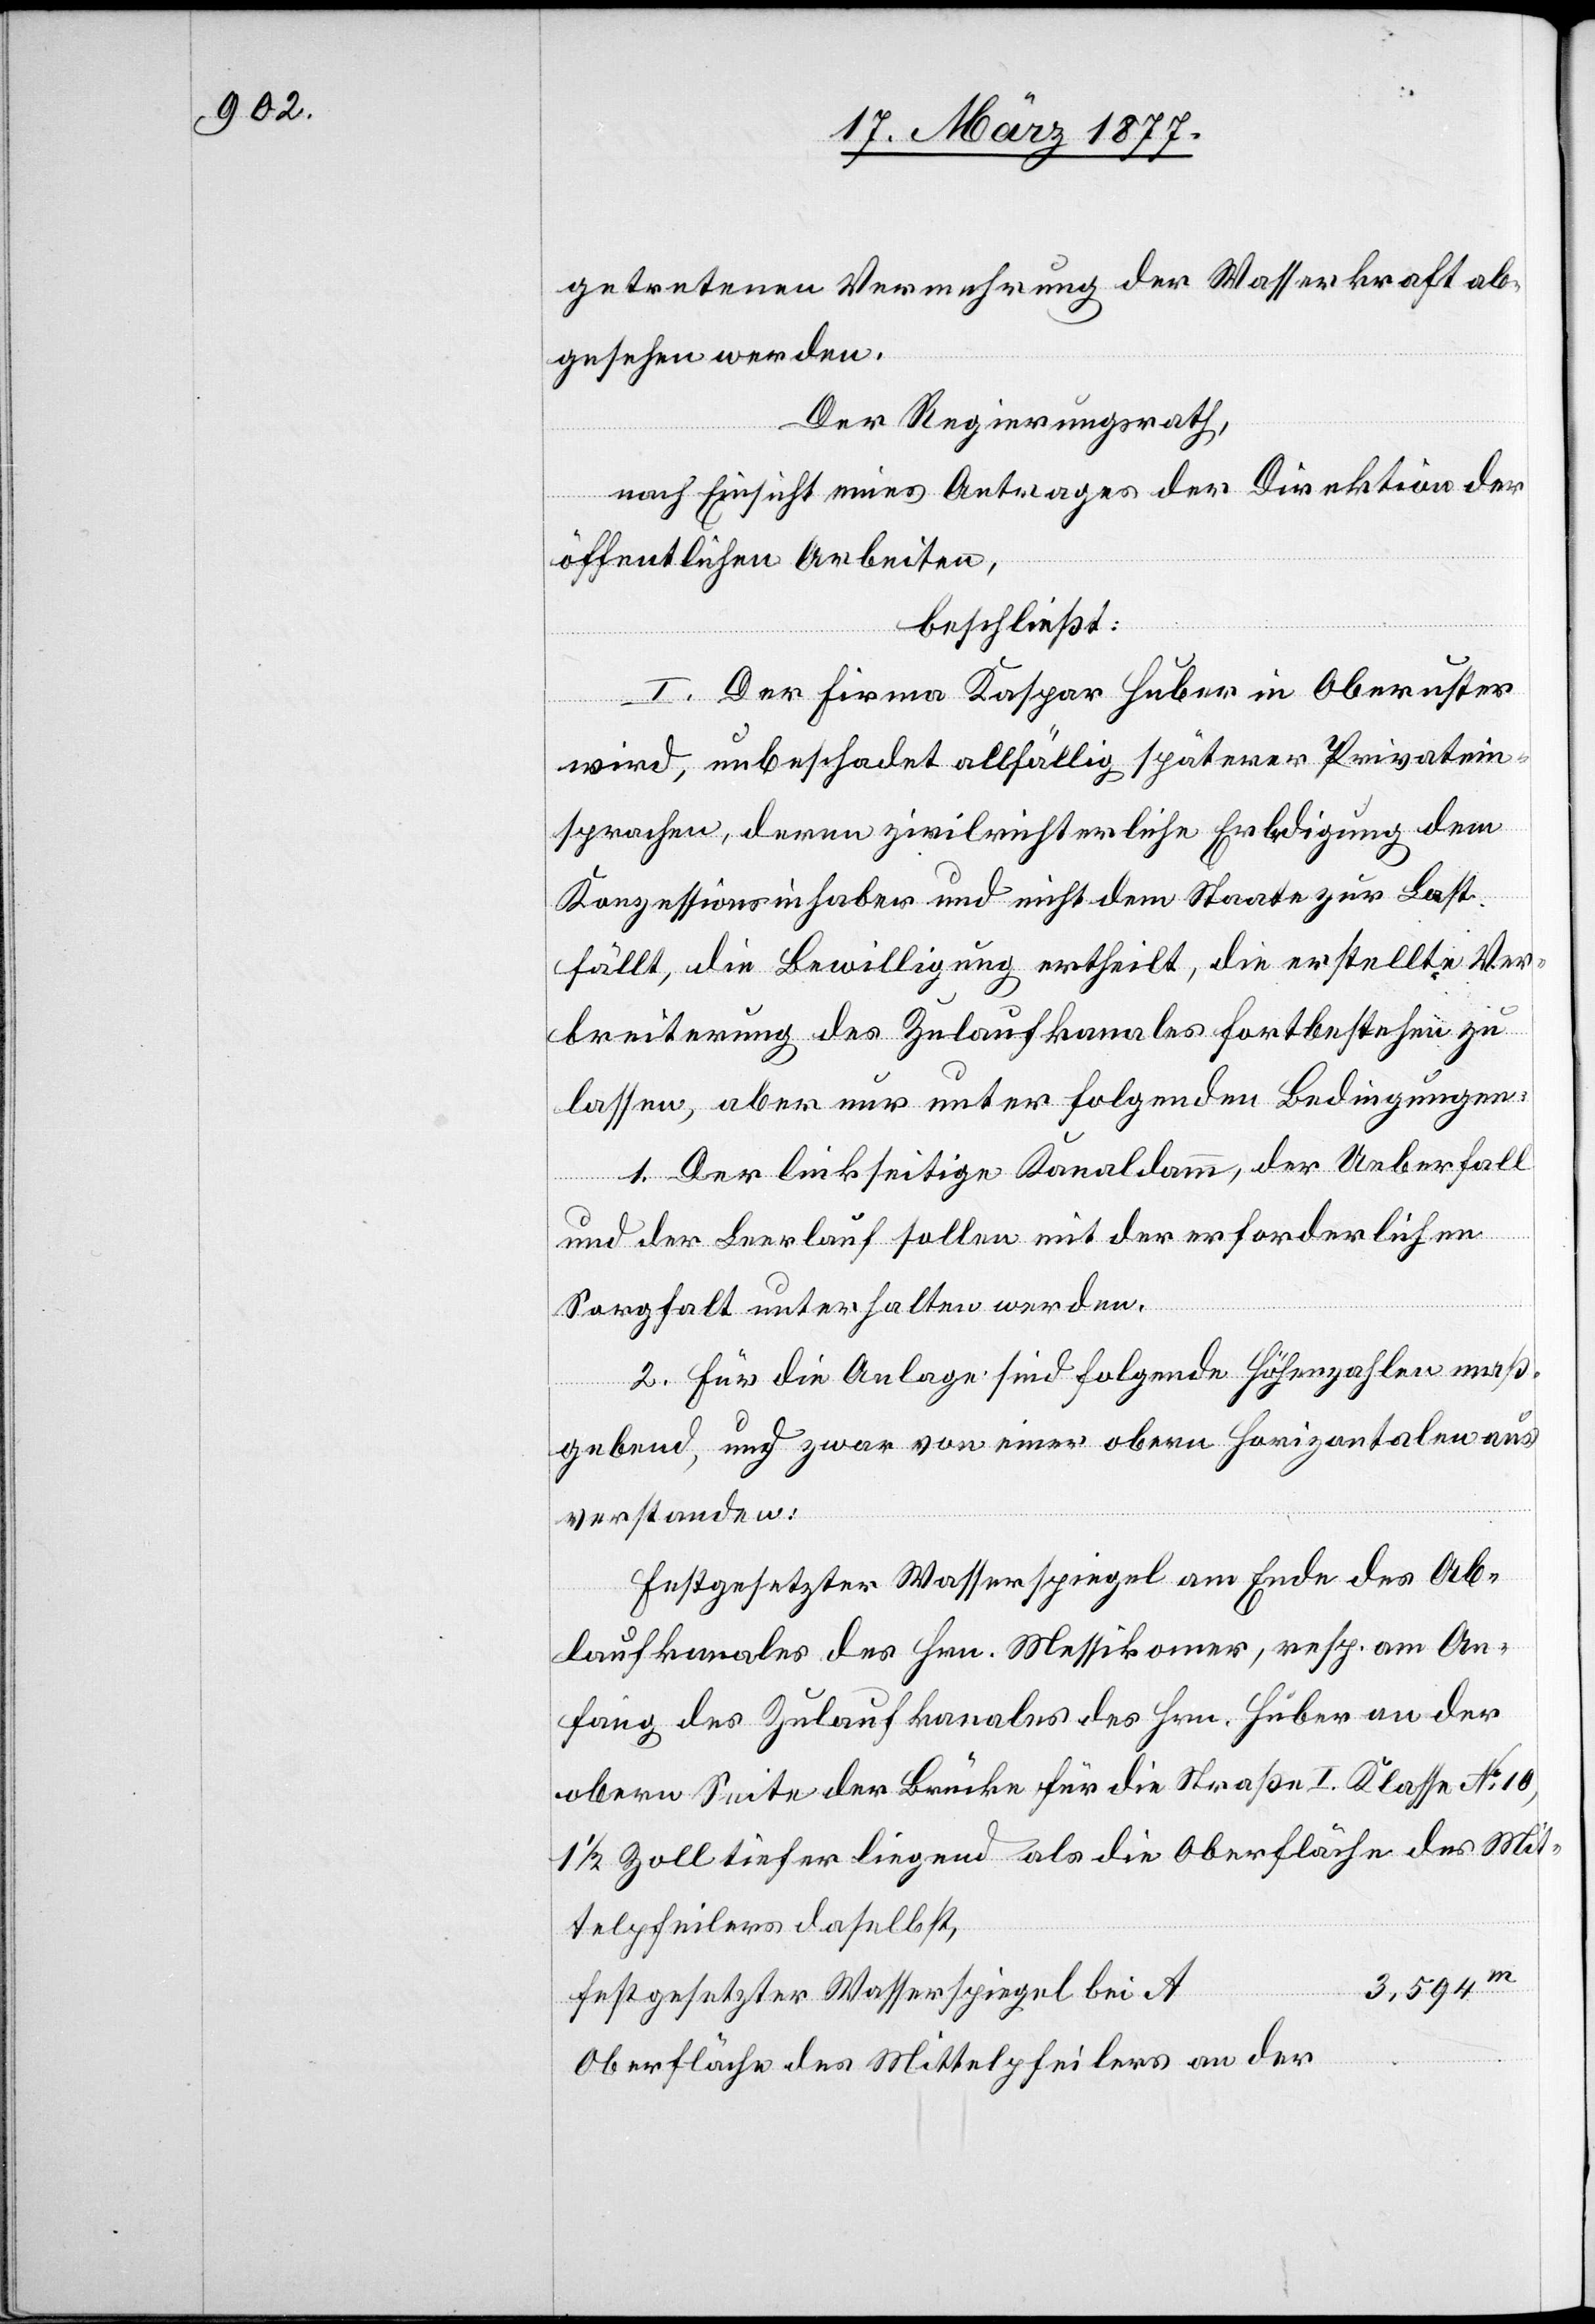
getretenen Vermehrung der Wasserkraft ab¬
gesehen werden.
Der Regierungsrath,
m
nach Einsicht eines Antrages der Direktion der
öffentlichen Arbeiten,
beschließt:
I. Der Firma Kaspar Huber in Oberuster
wird, unbeschadet allfällig späterer Privatein¬
sprachen, deren zivilrichterliche Erledigung dem
Konzessionsinhaber und nicht dem Staate zur Last
fällt, die Bewilligung ertheilt, die erstellte Ver¬
breiterung des Zulaufkanales fortbestehen zu
lassen, aber nur unter folgenden Bedingungen:
1. Der linkseitige Kanaldamm, der Ueberfall
und der Leerlauf sollen mit der erforderlichen
Sorgfalt unterhalten werden.
2. Für die Anlage sind folgende Höhenzahlen maß¬
gebend, und zwar von einer obern Horizontalen aus
verstanden:
Festgesetzter Wasserspiegel am Ende des Ab¬
laufkanales des Hrn. Messikomer [sic!], resp. am An¬
fang des Zulaufkanales des Hrn. Huber an der
obern Seite der Brücke für die Straße I. Klasse No 10,
1 1/2 Zoll tiefer liegend als die Oberfläche des Mit¬
telpfeilers daselbst,
3,594
festgesetzter Wasserspiegel bei A
Oberfläche des Mittelpfeilers an der